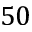
5 0